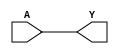
// Commented by
//	Belinda Brown Ramrez
//	Mayo, 2020
//	timna.brown@ucr.ac.cr


`ifndef CMOS_CELLS
`define CMOS_CELLS

//  Describing the modules of the same cmos_cells.lib

// BUF = buffer
// Is a single-input single-output gate,
// similar to NOT, that copies its input
// value to its output. In diagram
// gate has the following shape -[>-
module BUF(A, Y);
input A;
output Y;
assign Y = A;
endmodule

// Not gate or inversor
// Is a single-input single-output gate,
// opies its input value to its output with
// inversor. Shape -[>o-
module NOT(A, Y);
input A;
output Y;
assign Y = ~A;
endmodule

// Not and = NAND
// NAND is the result of the negation
// of the AND operator. Where or means
// if two of the two inputs are HIGH
// output HIGH.
module NAND(A, B, Y);
input A, B;
output Y;
assign Y = ~(A & B);
endmodule

// Not or = NOR
// NOR is the result of the negation
// of the OR operator. Where or means
// if one of the two inputs is HIGH
// output HIGH.
module NOR(A, B, Y);
input A, B;
output Y;
assign Y = ~(A | B);
endmodule


// DFF =  D-type flip-flop = Data type flip-flop
// Flip Flop is a two-state (bi-stable) device, which serves as
// basic memory for sequential logic operations.
module DFF(C, D, Q);
input C, D;
output reg Q;
always @(posedge C)
	Q <= D;
endmodule


// DFFSR =  D-type flip-flop set reset = Data type flip-flop set reset
// Flip Flop is a two-state (bi-stable) device, which serves as
// basic memory for sequential logic operations. Whit set reset
module DFFSR(C, D, Q, S, R);
input C, D, S, R;
output reg Q;
always @(posedge C, posedge S, posedge R)
	if (S)
		Q <= 1'b1;
	else if (R)
		Q <= 1'b0;
	else
		Q <= D;
endmodule
`endif